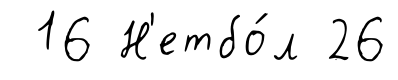
16 Н'етбо́л 26